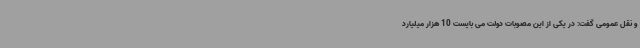
و نقل عمومی گفت: در یکی از این مصوبات دولت می بایست 10 هزار میلیارد